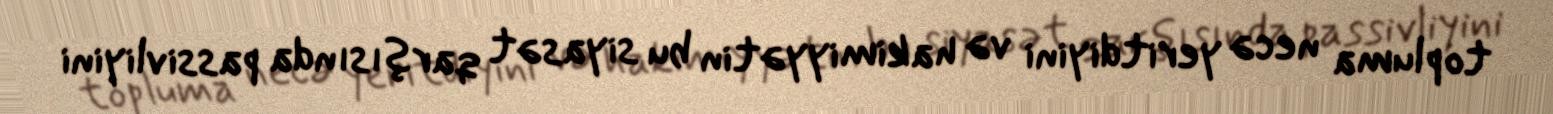
topluma necə yeritdiyini və hakimiyyətin bu siyasət qarşısında passivliyini